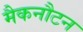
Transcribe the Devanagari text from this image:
मैकनौटन